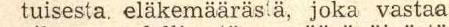
tuisesta eläkemäärästä, joka vastaa